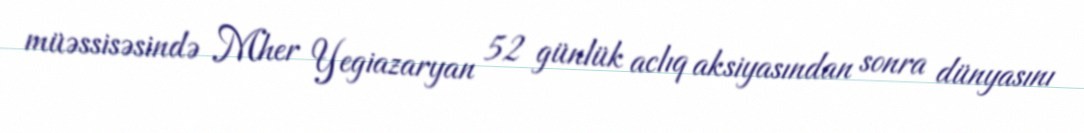
müəssisəsində Mher Yegiazaryan 52 günlük aclıq aksiyasından sonra dünyasını